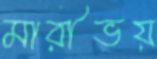
মারীভয়